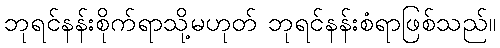
ဘုရင်နန်းစိုက်ရာသို့မဟုတ် ဘုရင်နန်းစံရာဖြစ်သည်။